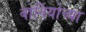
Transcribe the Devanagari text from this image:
बोर्नियोच्या